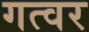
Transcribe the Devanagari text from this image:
गत्वर